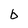
Character: b